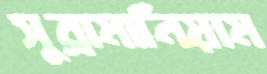
সুব্রামানিয়াম